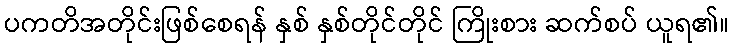
ပကတိအတိုင်းဖြစ်စေရန် နှစ် နှစ်တိုင်တိုင် ကြိုးစား ဆက်စပ် ယူရ၏။